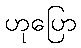
ဟုပြော